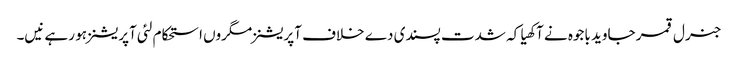
جنرل قمر جاوید باجوہ نے آکھیا کہ شدت پسندی دے خلاف آپریشنز مگروں استحکام لئی آپریشنز ہو رہے نیں۔